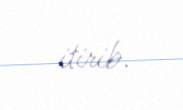
itirib.